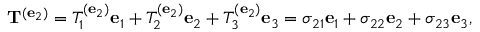
\mathbf { T } ^ { ( \mathbf { e } _ { 2 } ) } = T _ { 1 } ^ { ( \mathbf { e } _ { 2 } ) } \mathbf { e } _ { 1 } + T _ { 2 } ^ { ( \mathbf { e } _ { 2 } ) } \mathbf { e } _ { 2 } + T _ { 3 } ^ { ( \mathbf { e } _ { 2 } ) } \mathbf { e } _ { 3 } = \sigma _ { 2 1 } \mathbf { e } _ { 1 } + \sigma _ { 2 2 } \mathbf { e } _ { 2 } + \sigma _ { 2 3 } \mathbf { e } _ { 3 } ,